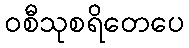
ဝစီသုစရိတေပေ